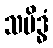
သမိဒ္ဓံ